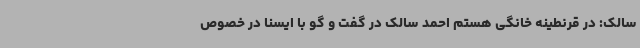
سالک: در قرنطینه خانگی هستم احمد سالک در گفت و گو با ایسنا در خصوص